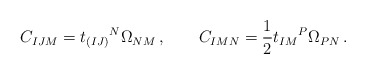
\begin{align*}C_{IJM}= t_{(IJ)}{}^N \Omega_{NM}\,, \qquad C_{IMN}=\frac 12 t_{IM}{}^P\Omega _{PN}\,. \end{align*}